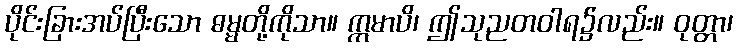
ပိုင်းခြားအပ်ပြီးသော ဓမ္မတို့ကိုသာ။ ဣမာပိ၊ ဤသုညတဝါရ၌လည်း။ ဝုတ္တာ၊